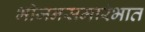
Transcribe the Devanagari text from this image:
भोजनसमारंभात